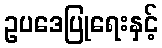
ဥပဒေပြုရေးနှင့်